Report on vaccination in Madras 1922-1929 - 1922-1929
Year: 1922
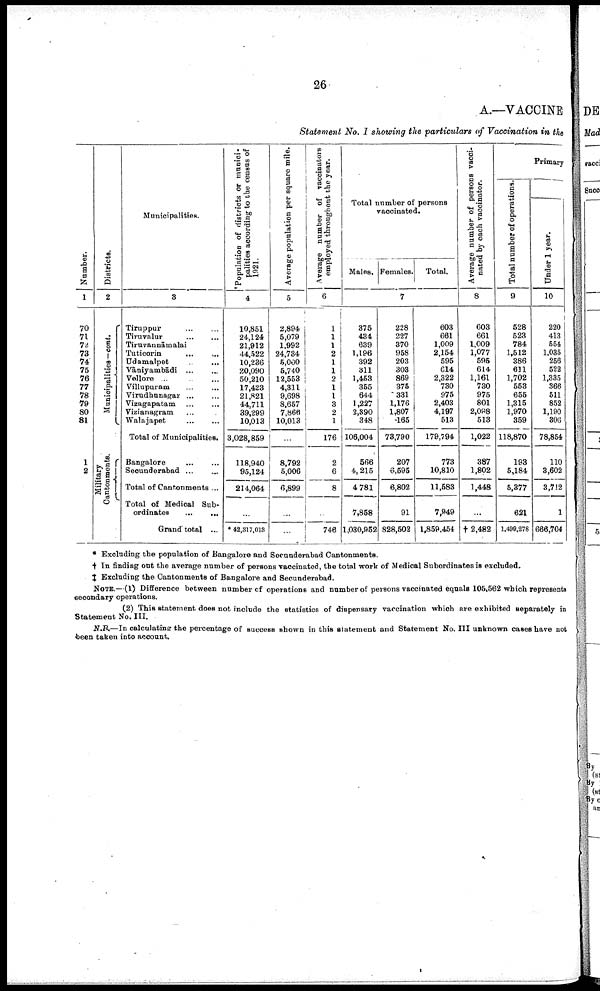
26
A.—VACCINE
Statement No. I showing the particulars of Vaccination in the
Number.
1
70
71
72
73
74
75
76
77
78
79
80
81
1
2
Districts.
2
Municipalities—cont.
Military
Cantonments.
Municipalities.
3
Tiruppur... ...
Tiruvalur...
...
Tiruvannāmlai... ...
Tuticorin... ...
Udamalpet... ...
Vāniyambādi...
...
Vellore... ...
Villupuram... ...
Virudhunagar... ...
Vizagapatam...
...
Vizianagram... ...
Walajapet... ...
Total of Municipalities.
Bangalore... ...
Secunderabad ... ...
Total of Cantonments ...
Total of Medical Sub
ordinates... ...
Grand total ...
Population of districts or munici
palities according to the census of
1921.
4
10,851
24,124
21,912
44,522
10,236
20,090
50,210
17,423
21,821
44,711
39,299
10,013
3,028,859
118,940
95,124
214,064
...
* 42,317,013
Average population per square mile.
5
2,894
5,079
1,992
24,734
5,000
5,740
12,553
4,311
9,698
8,657
7,866
10,013
...
8,792
5,006
6,899
...
...
Average number of vaccinators
employed throughout the year.
6
1
1
1
2
1
1
2
1
1
3
2
1
176
2
6
8
...
746
Total number of persons
vaccinated.
Males. Females. Total.
7
375
434
639
1,196
392
311
1,453
355
644
1,227
2,390
348
106,004
566
4,215
4 781
7,858
1,030,952
228
227
370
958
203
303
869
375
331
1,176
1,807
165
73,790
207
6,595
6,802
91
828,502
603
661
1,009
2,154
595
614
2,322
730
975
2,403
4,197
513
179,794
773
10,810
11,583
7,949
1,859,454
Average number of persons vacci
nated by each vaccinator.
8
603
661
1,009
1,077
595
614
1,161
730
975
801
2,098
513
1,022
387
1,802
1,448
...
† 2,482
Primary
Total number of operations.
9
528
523
784
1,512
386
611
1,702
553
655
1,315
1,970
359
118,870
193
5,184
5,377
621
1,489,278
Under 1 year.
10
220
413
554
1,035
256
522
1,335
366
511
852
1,190
306
78,854
110
3,602
3,712
1
666,704
* Excluding the population of Bangalore and Secunderabad Cantonments.
† In finding out the average number of persons vaccinated, the total work of Medical Subordinates is excluded.
‡ Excluding the Cantonments of Bangalore and Secunderabad.
NOTE.—(1) Difference between number of operations and number of persons vaccinated equals 105,562 which represents
secondary operations.
(2) This statement does not include the statistics of dispensary vaccination which are exhibited separately in
Statement No. III.
N.B.—In calculating the percentage of success shown in this statement and Statement No. III unknown cases have not
been taken into account.